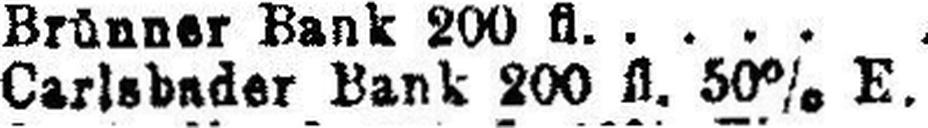
Carlsbader Bank 200 fl. 50% E.